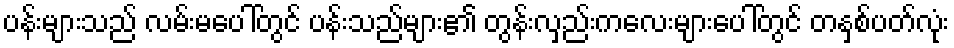
ပန်းများသည် လမ်းမပေါ်တွင် ပန်းသည်များ၏ တွန်းလှည်းကလေးများပေါ်တွင် တနှစ်ပတ်လုံး